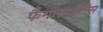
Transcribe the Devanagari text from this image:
फैगोसाइटोस